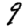
Digit: 9